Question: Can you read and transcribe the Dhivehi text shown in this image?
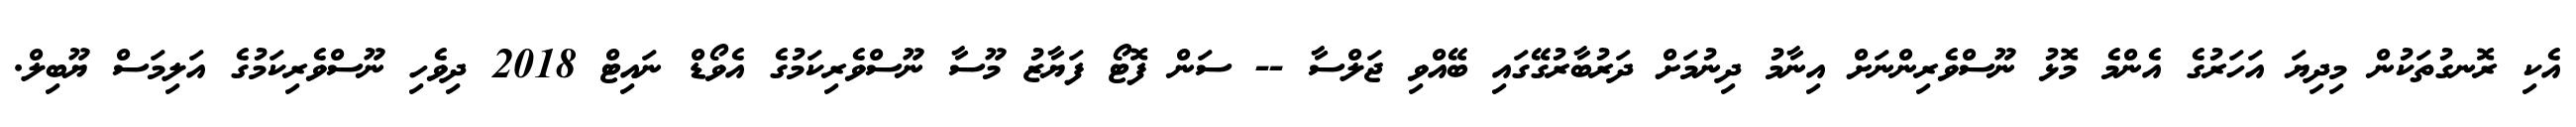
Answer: އެކި ރޮނގުތަކުން މިދިޔަ އަހަރުގެ އެންމެ މޮޅު ނޫސްވެރިންނަށް އިނާމު ދިނުމަށް ދަރުބާރުގޭގައި ބޭއްވި ޖަލްސާ -- ސަން ފޮޓޯ ފަޔާޒު މޫސާ ނޫސްވެރިކަމުގެ އެވޯޑް ނައިޓް 2018 ދިވެހި ނޫސްވެރިކަމުގެ އަލިމަސް ޔޫބިލް.